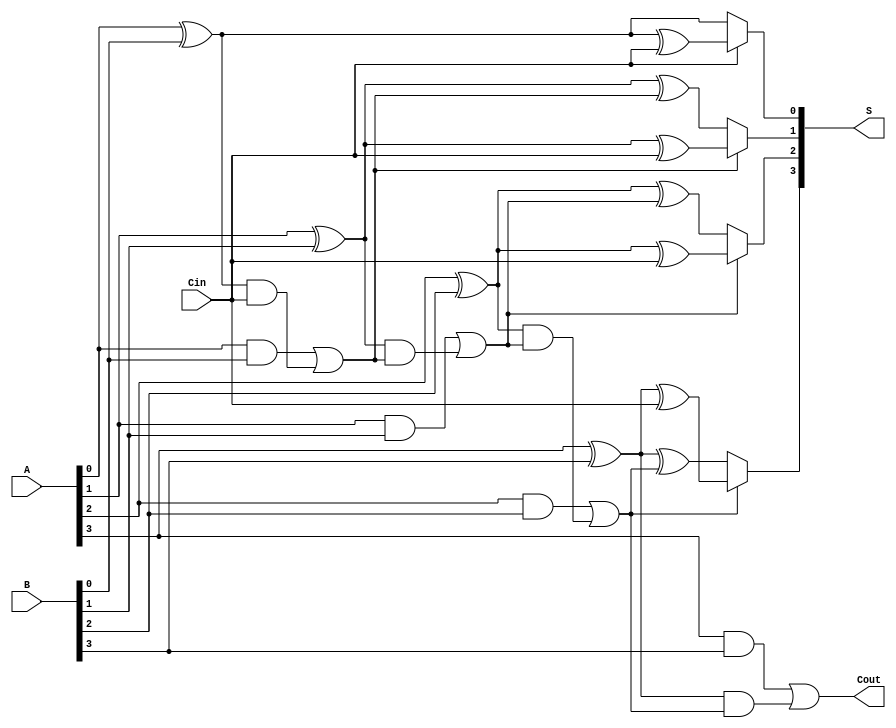
module ConditionalSumAdder #(parameter n = 4) (
    input  wire [n-1:0] A,     // First n-bit input
    input  wire [n-1:0] B,     // Second n-bit input
    input  wire Cin,           // Input carry
    output wire [n-1:0] S,     // Sum output
    output wire Cout           // Carry out
);

    wire [n:0] carry;            // Intermediate carry signals
    wire [n-1:0] S0, S1;         // Possible sums for each bit

    // Generate sum and carry for LSB using a Half Adder
    assign S0[0] = A[0] ^ B[0];  // No carry
    assign S1[0] = A[0] ^ B[0] ^ Cin; // With carry
    assign carry[0] = A[0] & B[0]; // Carry generated by A[0] and B[0]

    assign S[0] = (Cin) ? S1[0] : S0[0];
    assign carry[1] = carry[0] | (A[0] ^ B[0]) & Cin; // Propagate logic

    // Generate sum and carry for the remaining bits using Full Adders
    genvar i;
    generate
        for (i = 1; i < n; i = i + 1) begin : CSA_full_adders
            wire c_in;   // Carry input for the full adder
            wire S0_i, S1_i; // Possible sums for the i-th bit

            assign S0[i] = A[i] ^ B[i] ^ carry[i]; // no carry from previous
            assign S1[i] = A[i] ^ B[i] ^ Cin;    // with carry from previous
            
            // Generate carry outputs
            assign carry[i+1] = (A[i] & B[i]) | ((A[i] ^ B[i]) & carry[i]);

            // Select sum based on carry input
            assign S[i] = (carry[i]) ? S1[i] : S0[i];
        end
    endgenerate

    // Final carry out
    assign Cout = carry[n];

endmodule